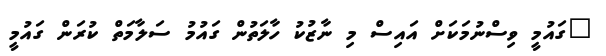
"ގައުމީ ވިސްނުމަކަށް އައިސް މި ނާޒުކު ހާލަތުން ގައުމު ސަލާމަތް ކުރަން ގައުމީ